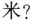
米?